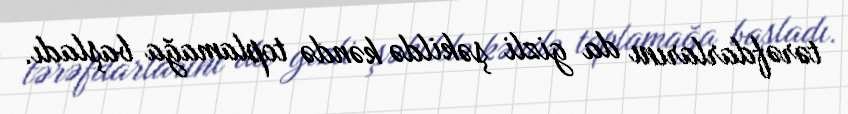
tərəfdarlarını da gizli şəkildə kəndə toplamağa başladı.